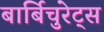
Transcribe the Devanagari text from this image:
बार्बिचुरेट्स